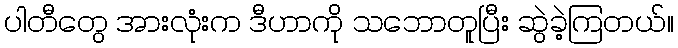
ပါတီတွေ အားလုံးက ဒီဟာကို သဘောတူပြီး ဆွဲခဲ့ကြတယ်။